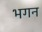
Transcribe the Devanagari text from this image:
भगन